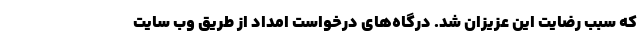
که سبب رضایت این عزیزان شد. درگاه‌های درخواست امداد از طریق وب سایت